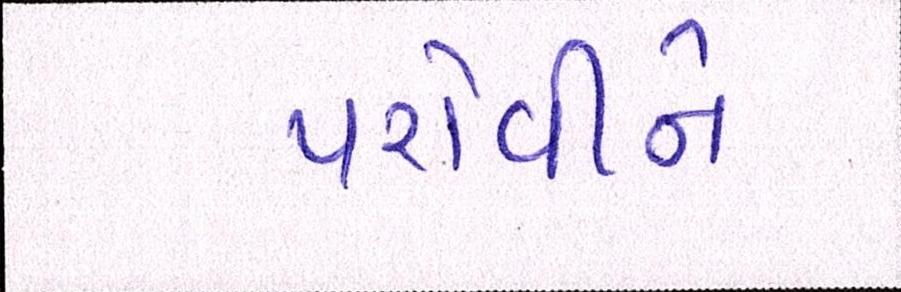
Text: પરોવીને